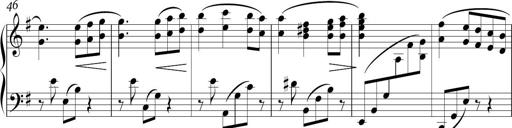
Title: Sonatina in E minor
Composer: Shuwen Zhang
Key: E minor